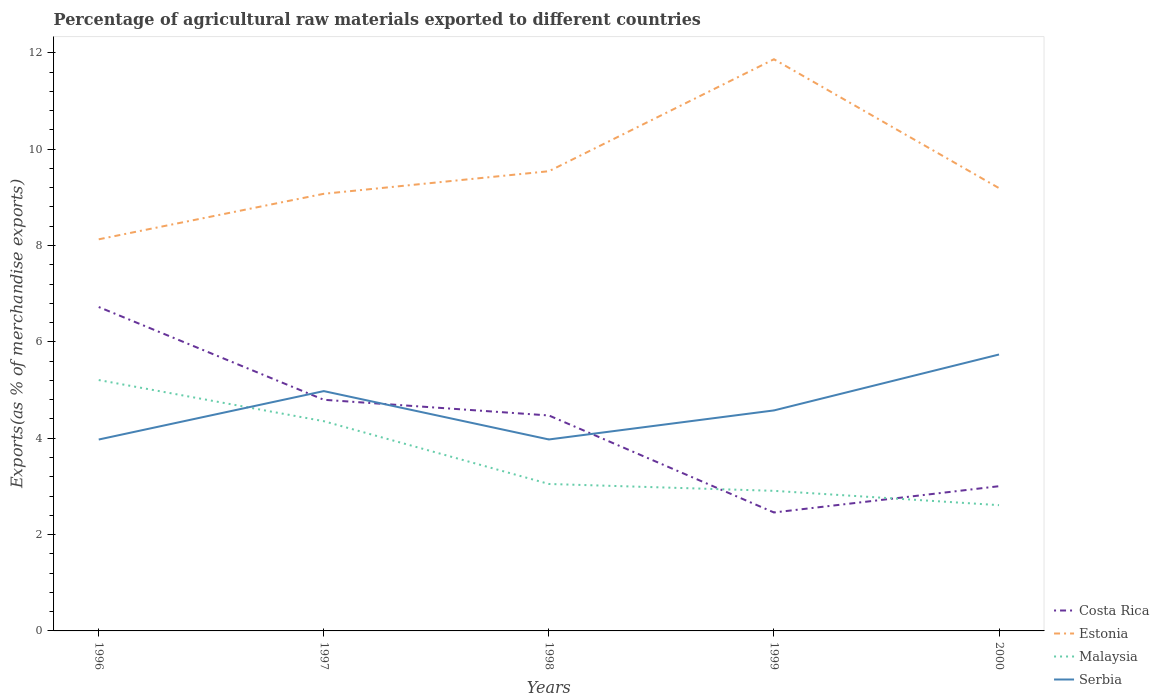
| Years | Costa Rica | Estonia | Malaysia | Serbia |
 | --- | --- | --- | --- | --- |
 | 1996 | 6.72 | 8.13 | 5.21 | 3.97 |
 | 1997 | 4.8 | 9.07 | 4.35 | 4.98 |
 | 1998 | 4.47 | 9.54 | 3.05 | 3.97 |
 | 1999 | 2.46 | 11.9 | 2.91 | 4.58 |
 | 2000 | 3 | 9.19 | 2.61 | 5.74 |